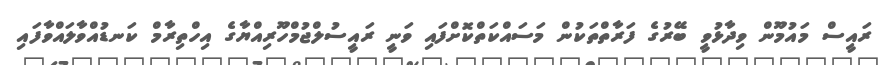
ރައީސް މައުމޫން ވިދާޅުވީ ބޭރުގެ ފަރާތްތަކުން މަސައްކަތްކޮށްފައި ވަނީ ރައީސުލްޖުމްހޫރިއްޔާގެ އިހްތިރާމް ކަނޑުއްވާލައްވާފައި